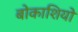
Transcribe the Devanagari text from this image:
बोकाशियो